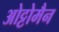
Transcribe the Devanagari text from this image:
ओट्टोमैन